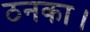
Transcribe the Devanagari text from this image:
ठनका।